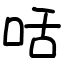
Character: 咶